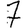
Digit: 7